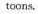
toons.